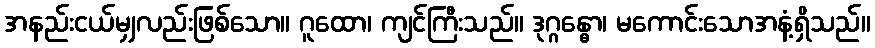
အနည်းငယ်မျှလည်းဖြစ်သော။ ဂူထော၊ ကျင်ကြီးသည်။ ဒုဂ္ဂန္ဓော၊ မကောင်းသောအနံ့ရှိသည်။